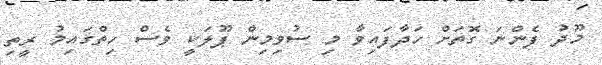
މޫދު ފެންނަ ގޮތަށް ހަދާފައިވާ މި ސުވިމިން ޕޫލަކީ ވެސް ހިތްގައިމު ރީތި